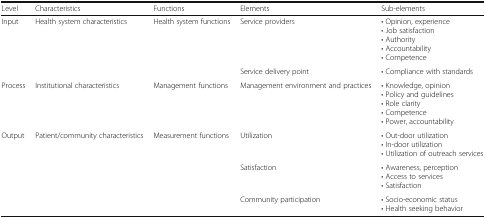
<table><thead><tr><td><b>Level</b></td><td><b>Characteristics</b></td><td><b>Functions</b></td><td><b>Elements</b></td><td><b>Sub-elements</b></td></tr></thead><tbody><tr><td rowspan="2">Input</td><td rowspan="2">Health system characteristics</td><td rowspan="2">Health system functions</td><td>Service providers</td><td>• Opinion, experience• Job satisfaction• Authority• Accountability• Competence</td></tr><tr><td>Service delivery point</td><td>• Compliance with standards</td></tr><tr><td>Process</td><td>Institutional characteristics</td><td>Management functions</td><td>Management environment and practices</td><td>• Knowledge, opinion• Policy and guidelines• Role clarity• Competence• Power, accountability</td></tr><tr><td rowspan="3">Output</td><td rowspan="3">Patient/community characteristics</td><td rowspan="3">Measurement functions</td><td>Utilization</td><td>• Out-door utilization• In-door utilization• Utilization of outreach services</td></tr><tr><td>Satisfaction</td><td>• Awareness, perception• Access to services• Satisfaction</td></tr><tr><td>Community participation</td><td>• Socio-economic status• Health seeking behavior</td></tr></tbody></table>